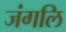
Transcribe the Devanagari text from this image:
जंगलि